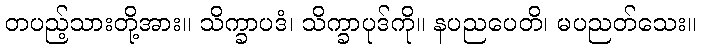
တပည့်သားတို့အား။ သိက္ခာပဒံ၊ သိက္ခာပုဒ်ကို။ နပညပေတိ၊ မပညတ်သေး။